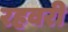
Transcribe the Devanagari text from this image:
रहवरी